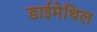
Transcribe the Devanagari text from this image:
डाईमेथिल